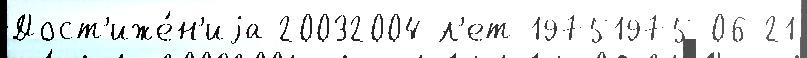
Дост'иже́н'иjа 20032004 л'ет 19751975-06-21